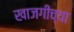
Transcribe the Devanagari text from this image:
खाजगीच्या